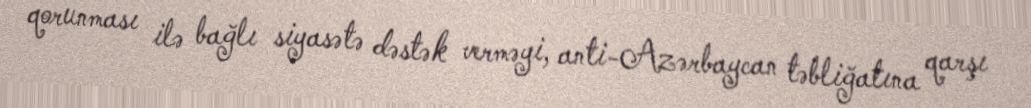
qorunması ilə bağlı siyasətə dəstək verməyi, anti-Azərbaycan təbliğatına qarşı